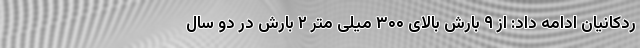
ردکانیان ادامه داد: از ۹ بارش بالای ۳۰۰ میلی متر ۲ بارش در دو سال